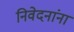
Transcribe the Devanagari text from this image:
निवेदनांना